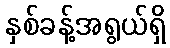
နှစ်ခန့်အရွယ်ရှိ